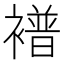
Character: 𫌑